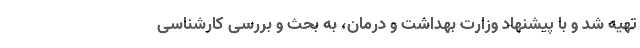
تهیه شد و با پیشنهاد وزارت بهداشت و درمان، به بحث و بررسی کارشناسی